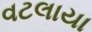
વટલાયા